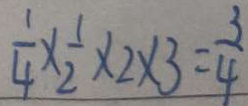
\frac { 1 } { 4 } \times \frac { 1 } { 2 } \times 2 \times 3 = \frac { 3 } { 4 }